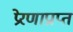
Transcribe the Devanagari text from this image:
प्रेरणाप्राप्त